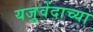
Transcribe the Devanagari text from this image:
यजुवेंदाच्या